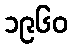
၁၉၆၀